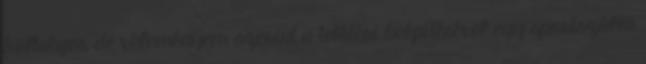
költséges, de véleményem szerint a tetőtéri beépítésével egy sportszálló